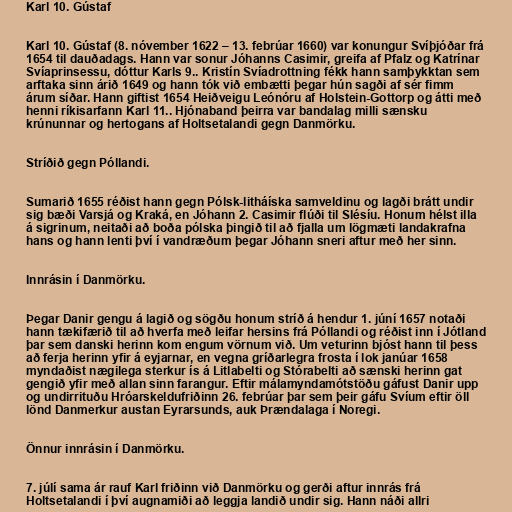
Karl 10. Gústaf

Karl 10. Gústaf (8. nóvember 1622 – 13. febrúar 1660) var konungur Svíþjóðar frá
1654 til dauðadags. Hann var sonur Jóhanns Casimir, greifa af Pfalz og Katrínar
Svíaprinsessu, dóttur Karls 9.. Kristín Svíadrottning fékk hann samþykktan sem
arftaka sinn árið 1649 og hann tók við embætti þegar hún sagði af sér fimm
árum síðar. Hann giftist 1654 Heiðveigu Leónóru af Holstein-Gottorp og átti með
henni ríkisarfann Karl 11.. Hjónaband þeirra var bandalag milli sænsku
krúnunnar og hertogans af Holtsetalandi gegn Danmörku.

Stríðið gegn Póllandi.

Sumarið 1655 réðist hann gegn Pólsk-litháíska samveldinu og lagði brátt undir
sig bæði Varsjá og Kraká, en Jóhann 2. Casimir flúði til Slésíu. Honum hélst illa
á sigrinum, neitaði að boða pólska þingið til að fjalla um lögmæti landakrafna
hans og hann lenti því í vandræðum þegar Jóhann sneri aftur með her sinn.

Innrásin í Danmörku.

Þegar Danir gengu á lagið og sögðu honum stríð á hendur 1. júní 1657 notaði
hann tækifærið til að hverfa með leifar hersins frá Póllandi og réðist inn í Jótland
þar sem danski herinn kom engum vörnum við. Um veturinn bjóst hann til þess
að ferja herinn yfir á eyjarnar, en vegna gríðarlegra frosta í lok janúar 1658
myndaðist nægilega sterkur ís á Litlabelti og Stórabelti að sænski herinn gat
gengið yfir með allan sinn farangur. Eftir málamyndamótstöðu gáfust Danir upp
og undirrituðu Hróarskeldufriðinn 26. febrúar þar sem þeir gáfu Svíum eftir öll
lönd Danmerkur austan Eyrarsunds, auk Þrændalaga í Noregi.

Önnur innrásin í Danmörku.

7. júlí sama ár rauf Karl friðinn við Danmörku og gerði aftur innrás frá
Holtsetalandi í því augnamiði að leggja landið undir sig. Hann náði allri